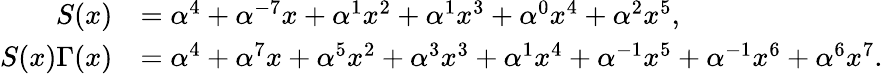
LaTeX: {\begin{array}{rl}{S(x)}&{=\alpha^{4}+\alpha^{-7}x+\alpha^{1}x^{2}+\alpha^{1}x^{3}+\alpha^{0}x^{4}+\alpha^{2}x^{5},}\\ {S(x)\Gamma(x)}&{=\alpha^{4}+\alpha^{7}x+\alpha^{5}x^{2}+\alpha^{3}x^{3}+\alpha^{1}x^{4}+\alpha^{-1}x^{5}+\alpha^{-1}x^{6}+\alpha^{6}x^{7}.}\end{array}}